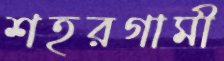
শহরগামী